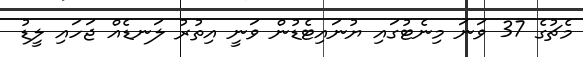
މެޗުގެ 37 ވަނަ މިނެޓުގައި ޔުނައިޓެޑުން ވަނީ އިތުރު ލަނޑެއް ޖަހައި ލީޑު